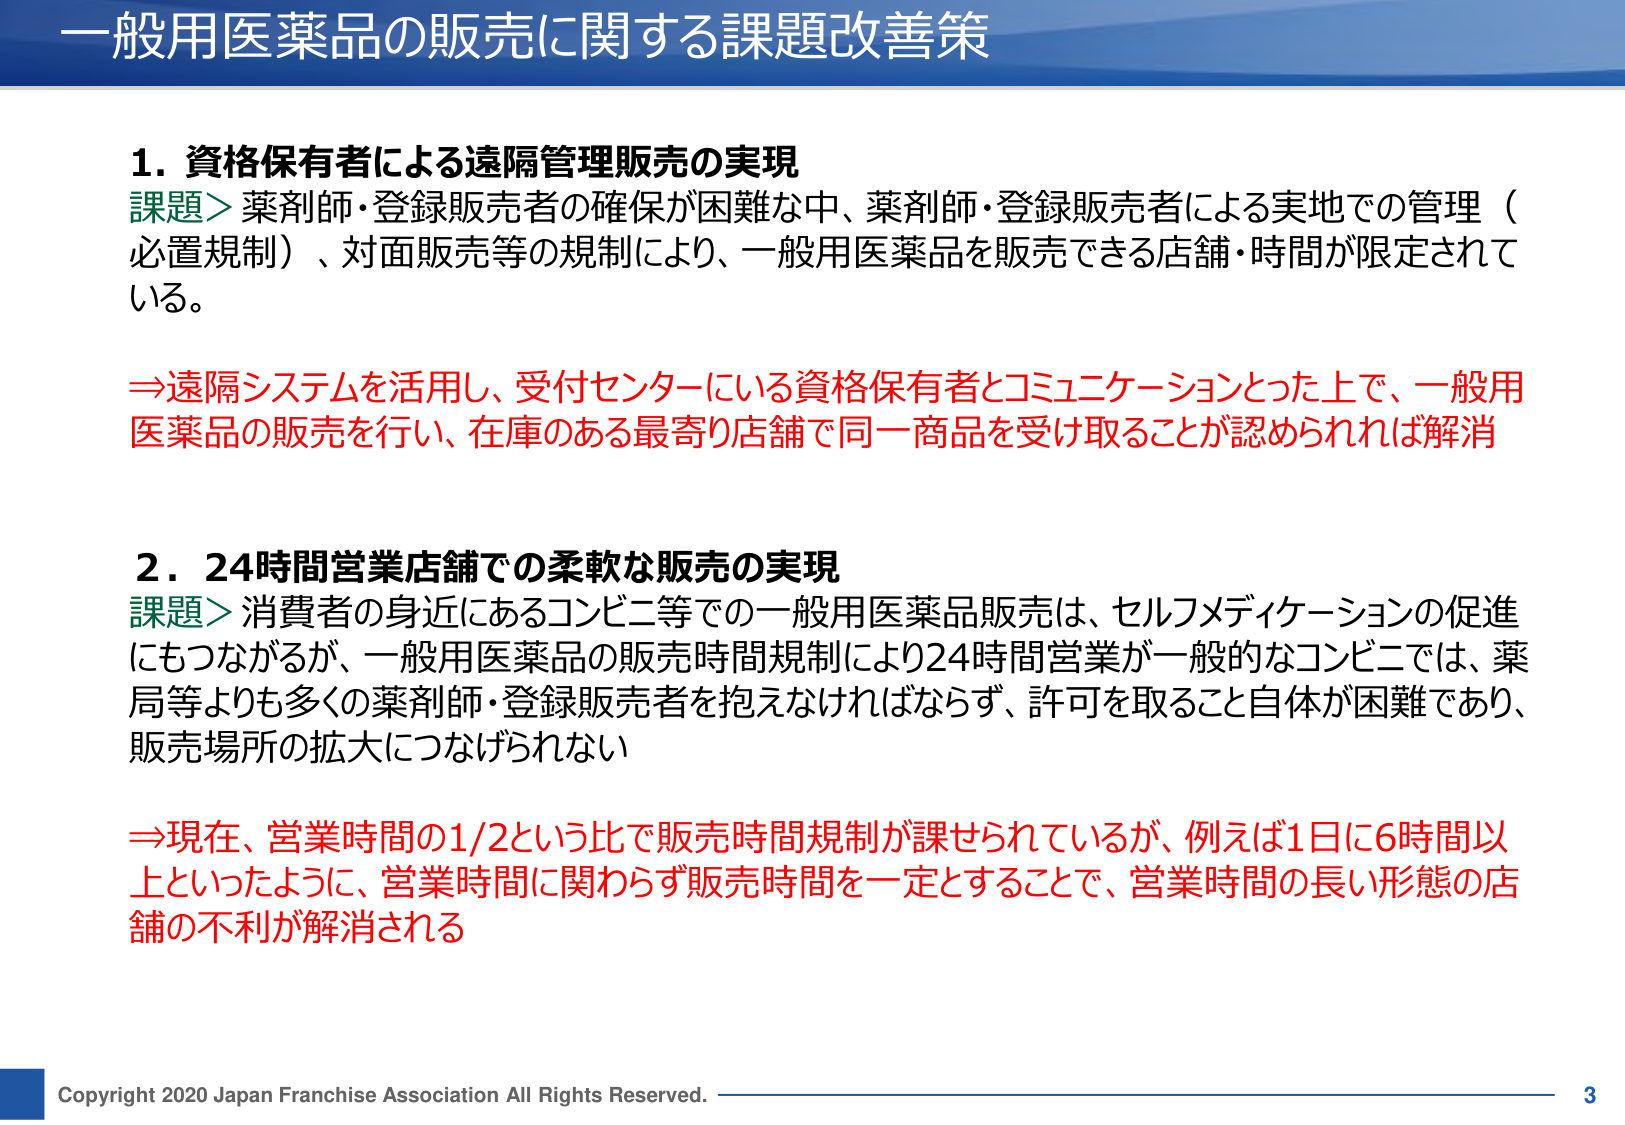
一般用医薬品の販売に関する課題改善策

1. 資格保有者による遠隔管理販売の実現
課題＞薬剤師・登録販売者の確保が困難な中、薬剤師・登録販売者による実地での管理（必置規制）、対面販売等の規制により、一般用医薬品を販売できる店舗・時間が限定されている。

⇒遠隔システムを活用し、受付センターにいる資格保有者とコミュニケーションとった上で、一般用医薬品の販売を行い、在庫のある最寄り店舗で同一商品を受け取ることが認められれば解消

2. 24時間営業店舗での柔軟な販売の実現
課題＞消費者の身近にあるコンビニ等での一般用医薬品販売は、セルフメディケーションの促進にもつながるが、一般用医薬品の販売時間規制により24時間営業が一般的なコンビニでは、薬局等よりも多くの薬剤師・登録販売者を抱えなければならず、許可を取ること自体が困難であり、販売場所の拡大につなげられない

⇒現在、営業時間の1/2という比で販売時間規制が課せられているが、例えば1日に6時間以上といったように、営業時間に関わらず販売時間を一定とすることで、営業時間の長い形態の店舗の不利が解消される

Copyright 2020 Japan Franchise Association All Rights Reserved. 3